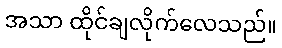
အသာ ထိုင်ချလိုက်လေသည်။